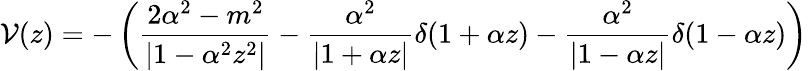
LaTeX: {\cal V}(z)=-\left(\frac{2\alpha^{2}-m^{2}}{|1-\alpha^{2}z^{2}|}-\frac{\alpha^{2}}{|1+\alpha z|}\delta(1+\alpha z)-\frac{\alpha^{2}}{|1-\alpha z|}\delta(1-\alpha z)\right)